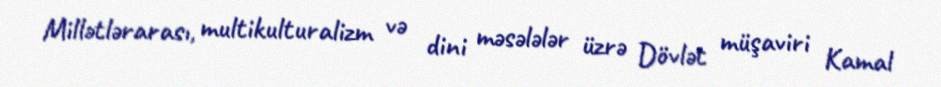
Millətlərarası, multikulturalizm və dini məsələlər üzrə Dövlət müşaviri Kamal